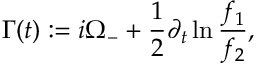
\Gamma ( t ) : = i \Omega _ { - } + \frac { 1 } { 2 } \partial _ { t } \ln \frac { f _ { 1 } } { f _ { 2 } } ,